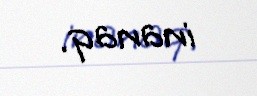
inanaq.